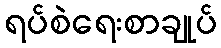
ရပ်စဲရေးစာချုပ်